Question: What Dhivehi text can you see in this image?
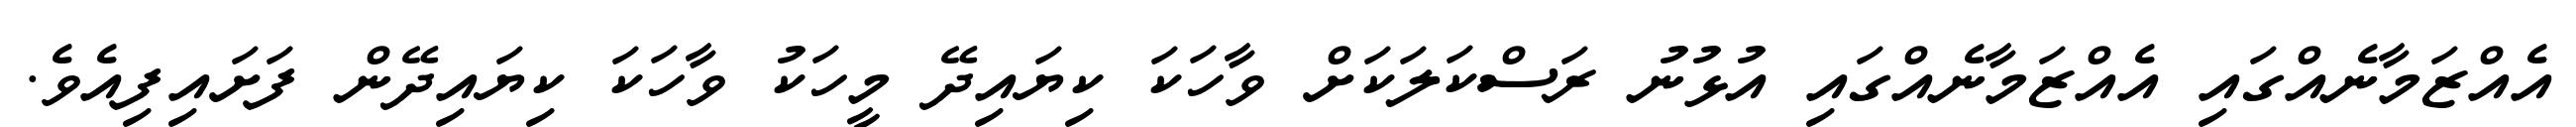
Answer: އެއްޒަމާނެއްގައި އެއްޒަމާނެއްގައި އުޅުނު ރަސްކަލަކަށް ވާހަކަ ކިޔައިދޭ މީހަކު ވާހަކަ ކިޔައިދޭން ފަށައިފިއެވެ.